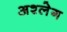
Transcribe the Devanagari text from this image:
अश्लेग